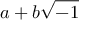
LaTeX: a + b { \sqrt { - 1 } }